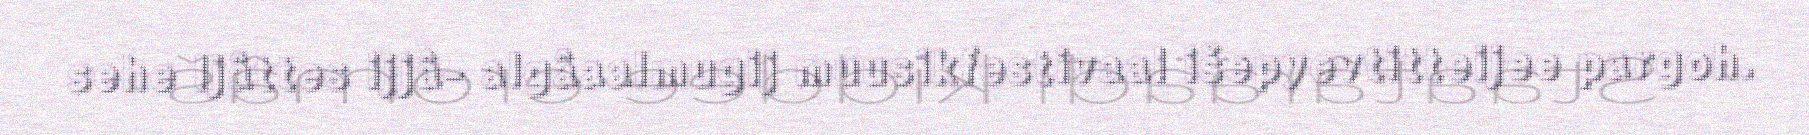
sehe Ijâttes ijjâ- algâaalmugij muusikfestivaal išepyevtitteijee pargoh.